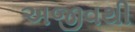
અજીવથી